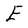
Character: E